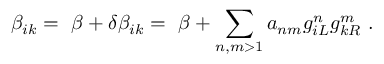
\beta _ { i k } = \ \beta + \delta \beta _ { i k } = \ \beta + \sum _ { n , m > 1 } a _ { n m } g _ { i L } ^ { n } g _ { k R } ^ { m } \ .